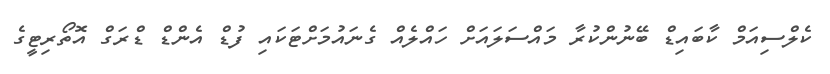
ކެލްސިއަމް ކާބައިޑް ބޭނުންކުރާ މައްސަލައަށް ހައްލެއް ގެނައުމަށްޓަކައި ފުޑް އެންޑް ޑްރަގް އޮތޯރިޓީގެ